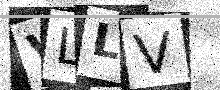
Text: VLLV